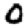
Digit: 0